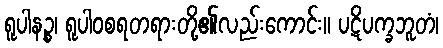
ရူပါနဉ္စ၊ ရူပါဝစရတရားတို့၏လည်းကောင်း။ ပဋိပက္ခဘူတံ၊